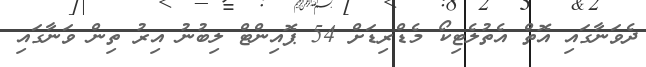
ދެވަނާގައި އޮތް އެތުލެޓިކޯ މެޑްރިޑަށް 54 ޕޮއިންޓް ލިބުނު އިރު ތިން ވަނާގައި